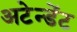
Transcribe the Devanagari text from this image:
अटेन्डेंट